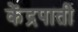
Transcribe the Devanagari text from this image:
केंद्रपाती